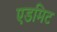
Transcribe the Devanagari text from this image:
एडमिट